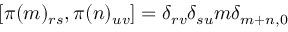
[ \pi ( m ) _ { r s } , \pi ( n ) _ { u v } ] = \delta _ { r v } \delta _ { s u } m \delta _ { m + n , 0 }